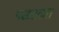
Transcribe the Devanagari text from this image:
पछडतात